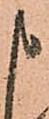
申